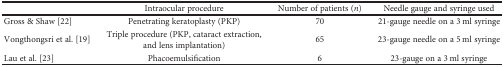
|  | Intraocular procedure | Number of patients (n) | Needle gauge and syringe used |
 | --- | --- | --- | --- |
 | Gross & Shaw [22] | Penetrating keratoplasty (PKP) | 70 | 21-gauge needle on a 3 ml syringe |
 | Vongthongsri et al. [19] | Triple procedure (PKP, cataract extraction, and lens implantation) | 65 | 23-gauge needle on a 5 ml syringe |
 | Lau et al. [23] | Phacoemulsification | 6 | 23-gauge on a 3 ml syringe |